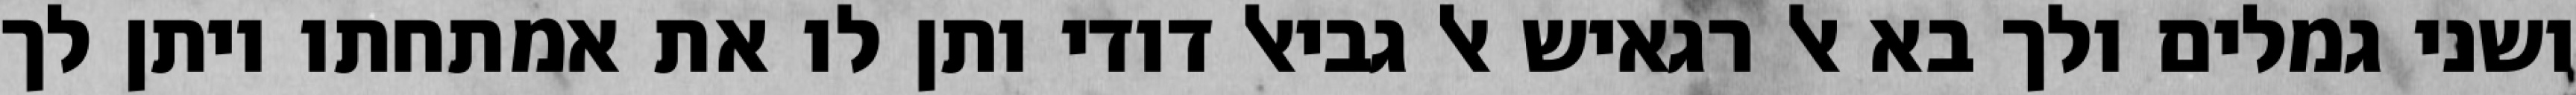
ושני גמלים ולך בא אל רגאיש אל גביאל דודי ותן לו את אמתחתו ויתן לך